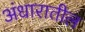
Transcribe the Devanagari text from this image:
अंधारातील